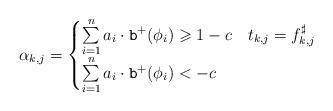
LaTeX: \begin{align*}\alpha_{k,j}&=\begin{cases}\sum\limits_{i=1}^{n}a_i\cdot\mathtt{b}^+(\phi_i)\geqslant1-c&t_{k,j}=f^\sharp_{k,j}\\\sum\limits_{i=1}^{n}a_i\cdot\mathtt{b}^+(\phi_i)<-c&\end{cases}\end{align*}